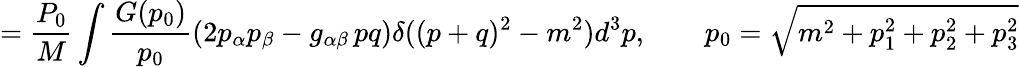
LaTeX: =\frac{P_{0}}M\int\frac{G(p_{0})}{p_{0}}(2p_{\alpha}p_{\beta}-g_{\alpha\beta}\, pq)\delta((p+q)^{2}-m^{2})d^{3}p,\qquad p_{0}=\sqrt{m^{2}+p_{1}^{2}+p_{2}^{2}+p_{3}^{2}}